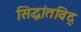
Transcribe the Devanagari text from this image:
सिद्धांतविद्